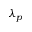
\lambda _ { p }